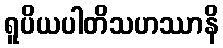
ရူပိယပါတိသဟဿာနိ